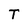
Character: T